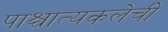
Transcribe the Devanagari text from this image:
पाश्चात्यकलेची